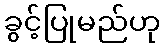
ခွင့်ပြုမည်ဟု